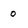
Character: 0